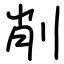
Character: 削